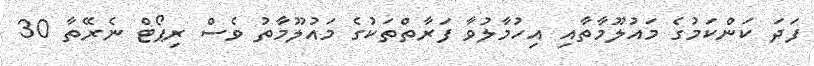
ފަދަ ކަންކަމުގެ މައުލޫމާތާއި އިހުމާލުވާ ފަރާތްތަކުގެ މައުލޫމާތު ވެސް ރިޕޯޓް ނެރޭތާ 30